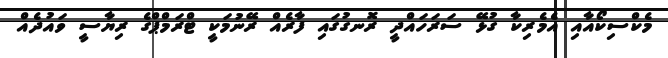
މެކްސިކޯއާއި އެމެރިކާ ގުޅޭ ސަރަހައްދީ ރޮނގުގައި ފާރެއް ރޭނުމަކީ ޓްރަމްޕްގެ ރިޔާސީ ވައުދެއް